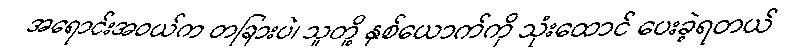
အရောင်းအဝယ်က တခြားပဲ၊ သူတို့ နှစ်ယောက်ကို သုံးထောင် ပေးခဲ့ရတယ်